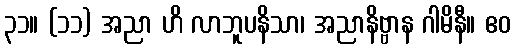
၃၁။ (၁၁) အညာ ဟိ လာဘူပနိသာ၊ အညာနိဗ္ဗာန ဂါမိနီ။ ဧဝ